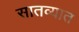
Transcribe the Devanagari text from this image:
सातव्यात